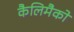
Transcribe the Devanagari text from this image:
कैलिमैको